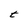
Character: t